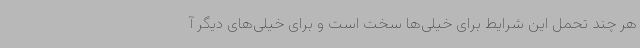
هر چند تحمل این شرایط برای خیلی‌ها سخت است و برای خیلی‌های دیگر آ